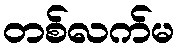
တစ်လက်မ